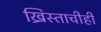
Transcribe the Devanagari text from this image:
ख्रिस्ताचीही